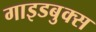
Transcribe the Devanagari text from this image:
गाइडबुक्स